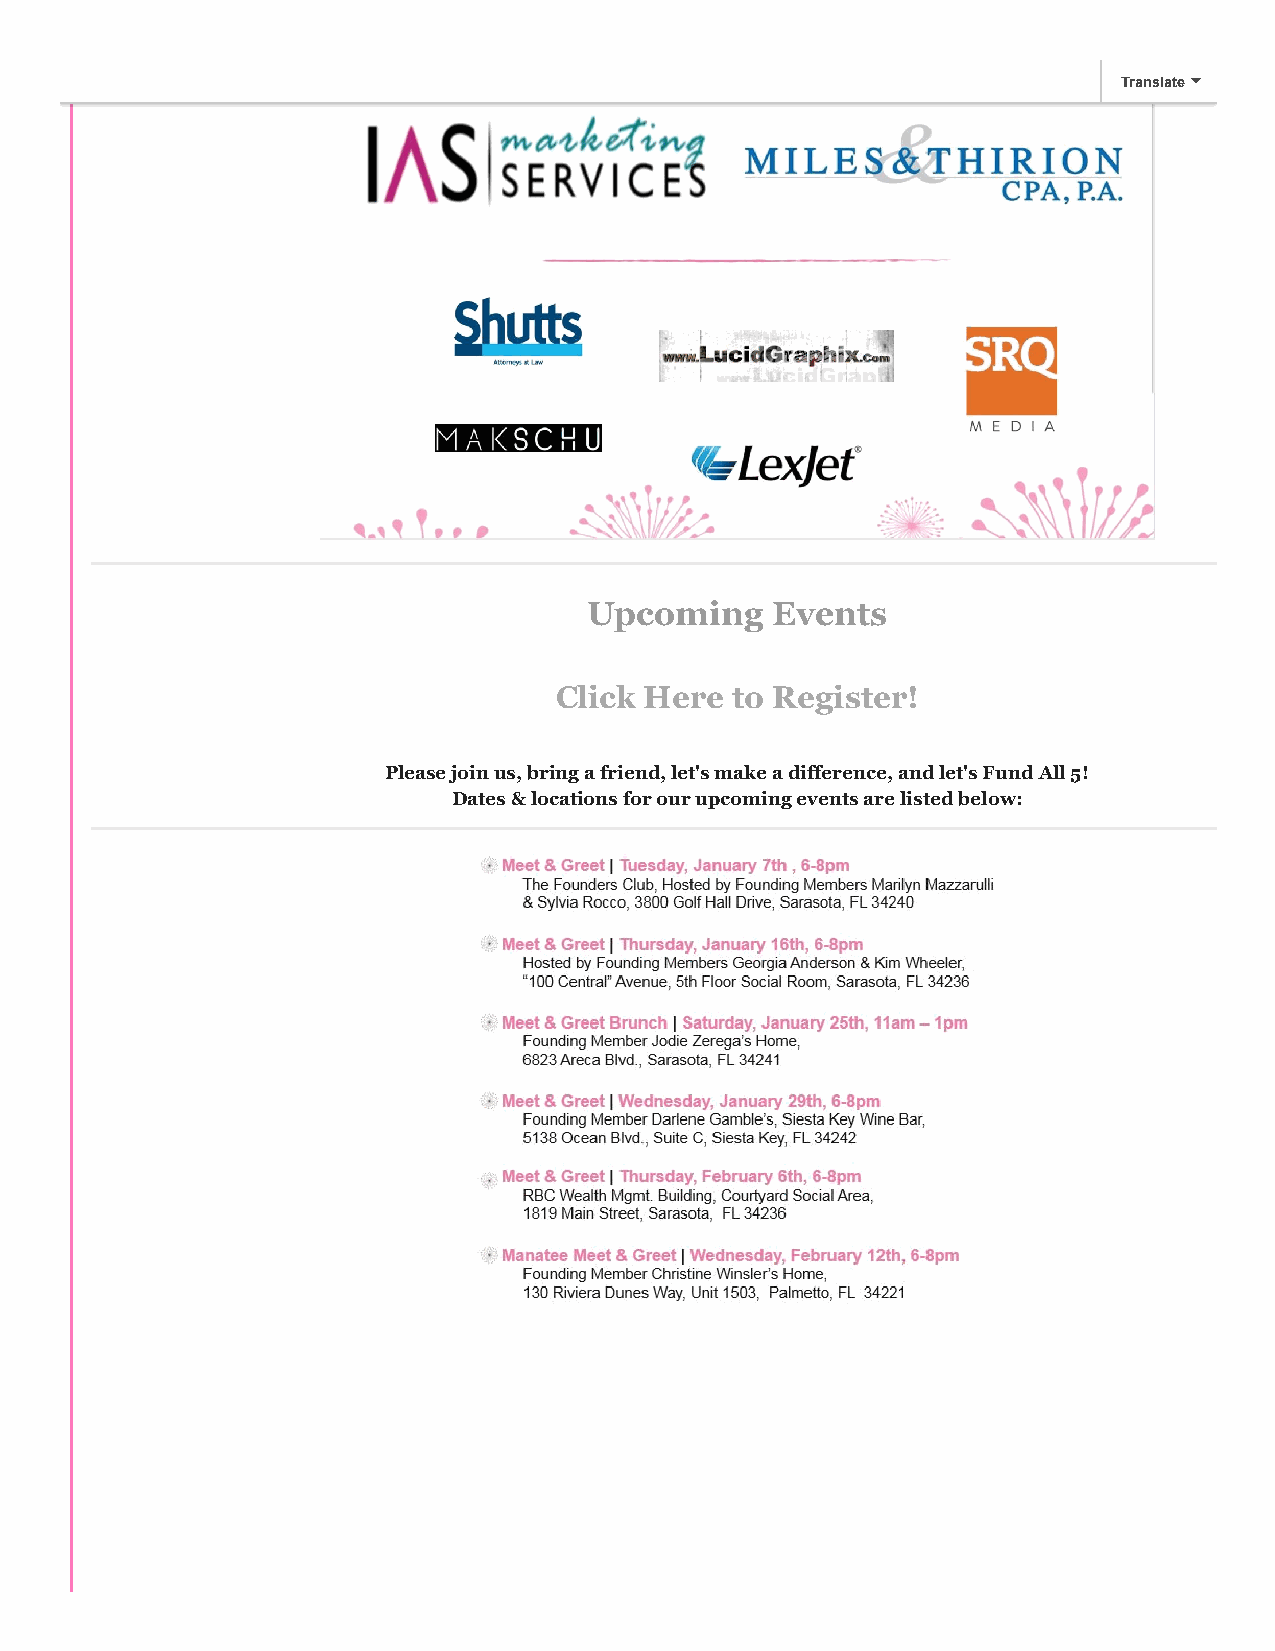
Translate
 Upcoming    Events
 Click Here  to Register!
 Please join us, bring a friend, let's make a difference, and let's Fund All 5!
 Dates & locations for our upcoming events are listed below: